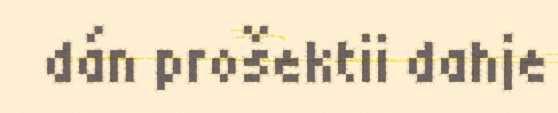
dán prošektii dahje